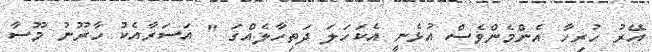
އޭރު ހުރިހާ އެންމެންވެސް އުޅެނީ އެކަހަލަ ދަތިހާލެއްގަ " އަސަރާއެކު ހާރޫނު މޫސާ